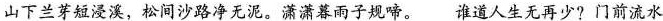
山下兰芽短浸溪，松间沙路净无泥。潇潇暮雨子规啼。谁道人生无再少?门前流水